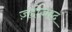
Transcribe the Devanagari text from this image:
ज़द्दोज़हद